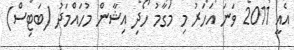
އެއީ 2011 ވަނަ އަހަރު މި މަގާމު ހޯދި އިޝާން މުހައްމަދު (ބަޓިސް)